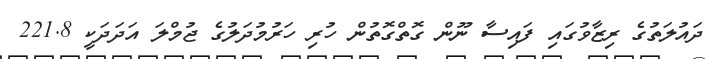
ދައުލަތުގެ ރިޒާވުގައި ފައިސާ ނޫން ގޮތްގޮތުން ހުރި ހަރުމުދަލުގެ ޖުމްލަ އަދަދަކީ 221.8